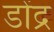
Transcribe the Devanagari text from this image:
डोंद्र